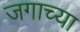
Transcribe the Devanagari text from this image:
जगाच्‍या